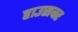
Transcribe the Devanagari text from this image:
हाउसवर